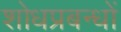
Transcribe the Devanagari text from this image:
शोधप्रबन्धों